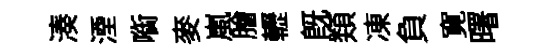
湊湮㗸麥嵐膾轣既𩔖凍負寛曙